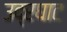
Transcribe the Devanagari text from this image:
उद्रघाट